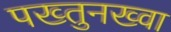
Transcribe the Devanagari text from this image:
पख्तुनख्वा